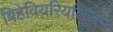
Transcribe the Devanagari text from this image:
बिहेवियरियलिज़म